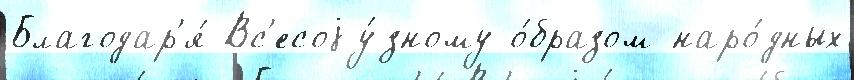
Благодар'я́ Вс'есоjу́зному о́бразом наро́дных